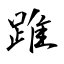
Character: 踓